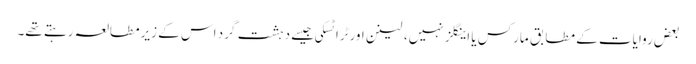
بعض روایات کے مطابق مارکس یا اینگلز نہیں، لینن اورٹرا ٹسکی جیسے دہشت گرد اس کے زیرمطالعہ رہتے تھے۔